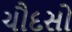
ચૌદસો